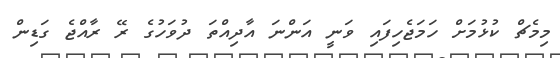
މިމެޗް ކުޅުމަށް ހަމަޖެހިފައި ވަނީ އަންނަ އާދިއްތަ ދުވަހުގެ ރޭ ރާއްޖެ ގަޑިން